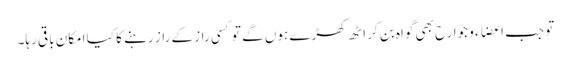
تو جب اعضاء و جوارح بھی گواہ بن کر اٹھ کھڑے ہوں گے تو کسی راز کے راز رہنے کا کیا امکان باقی رہا۔